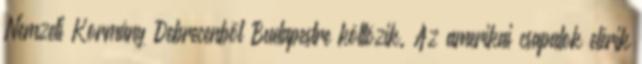
Nemzeti Kormány Debrecenbõl Budapestre költözik. Az amerikai csapatok elérik